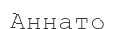
Аннато